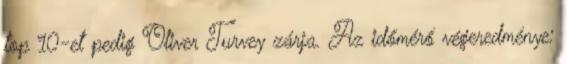
top 10-et pedig Oliver Turvey zárja. Az időmérő végeredménye: